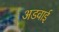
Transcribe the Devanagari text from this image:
अडवाई